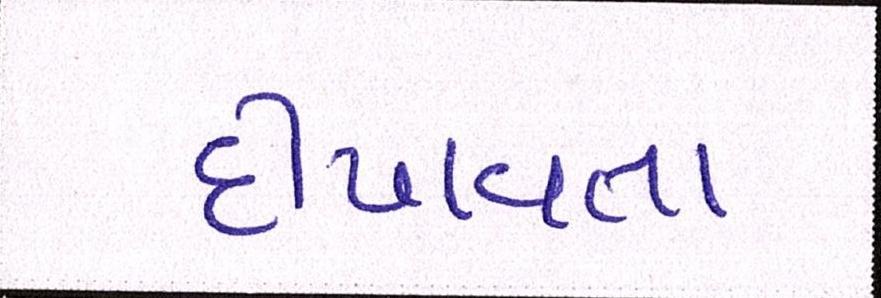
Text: દીપાવતા